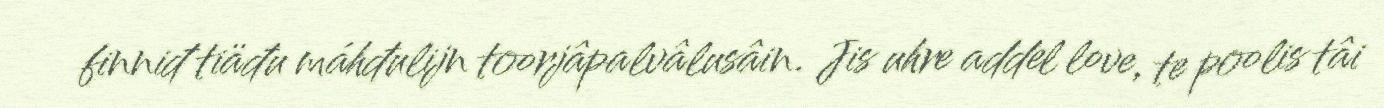
finniđ tiäđu máhđulijn toorjâpalvâlusâin. Jis uhre addel love, te poolis tâi